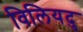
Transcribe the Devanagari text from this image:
विलियदु